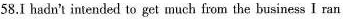
58.I hadn't intended to get much from the business I ran